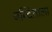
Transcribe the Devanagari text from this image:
बन्दिशाला